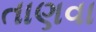
તાણવા